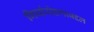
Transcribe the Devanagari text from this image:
गिर्यारोहणाबद्दल